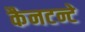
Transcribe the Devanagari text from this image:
कैनटन्टे